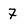
Character: 7